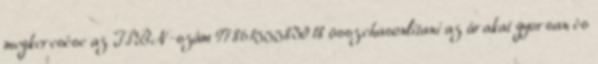
megkeresése az ISBN-szám 9786155583018 összehasonlítani az árakat gyorsan és